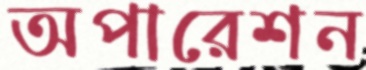
অপারেশন